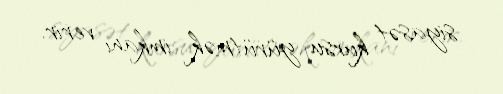
siyasət kursu yürütmək imkanı verir.